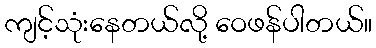
ကျင့်သုံးနေတယ်လို့ ဝေဖန်ပါတယ်။